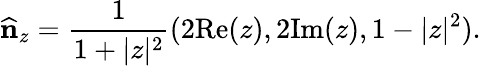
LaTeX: \widehat{\mathbf n}_{z}=\frac{1}{1+\vert z\vert^{2}}(2\mathrm{Re}(z),2\mathrm{Im}(z),1-\vert z\vert^{2}).